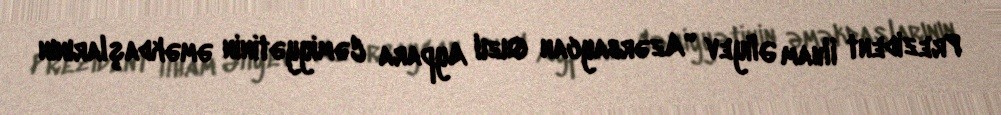
Prezident İlham Əliyev "Azərbaycan Qızıl Aypara Cəmiyyətinin əməkdaşlarının